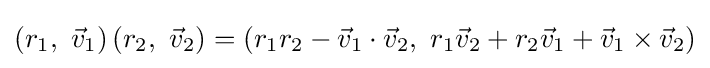
\left(r_{1},\ {\vec {v}}_{1}\right)\left(r_{2},\ {\vec {v}}_{2}\right)=\left(r_{1}r_{2}-{\vec {v}}_{1}\cdot {\vec {v}}_{2},\ r_{1}{\vec {v}}_{2}+r_{2}{\vec {v}}_{1}+{\vec {v}}_{1}\times {\vec {v}}_{2}\right)